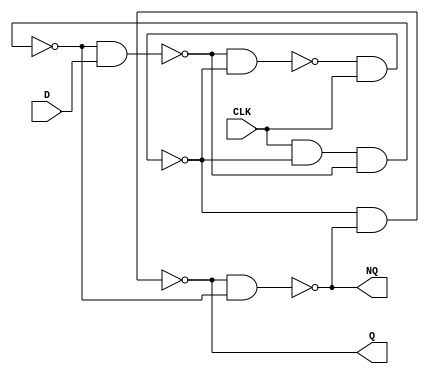
module podregister (CLK,D,Q,NQ);
	
	input CLK,D;
	output Q,NQ;
	wire a,b,c,d;
	
	nand (a,d,D);
	nand (b,a,c);
	nand (c,b,CLK);
	nand (d,CLK,c,a);

	nand (Q,c,NQ);
	nand (NQ,Q,d);

endmodule